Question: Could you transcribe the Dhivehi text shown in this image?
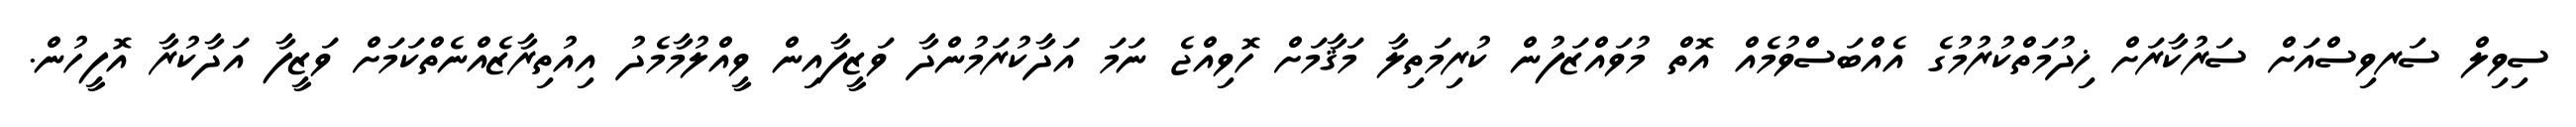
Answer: ސިވިލް ސަރވިސްއަށް ސަރުކާރަށް ޚިދުމަތްކުރުމުގެ އެއްބަސްވުމެއް އޮތް މުވައްޒަފުން ކުރިމަތިލާ މަޤާމަށް ހޮވިއްޖެ ނަމަ އަދާކުރަމުންދާ ވަޒީފާއިން ވީއްލުމާމެދު އިއުތިރާޒެއްނެތްކަމަށް ވަޒީފާ އަދާކުރާ އޮފީހުން.